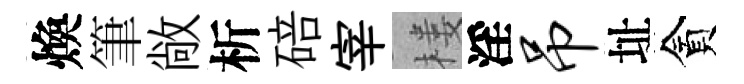
煥筆敞析碚宰楼淫吊址貪